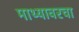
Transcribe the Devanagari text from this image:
माथ्यावरचा